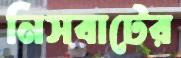
নিসবাটের